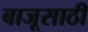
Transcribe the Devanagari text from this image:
बाजूसाठी